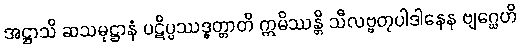
အဋ္ဌာသိ ဆသမုဋ္ဌာနံ ပဋိပ္ပဿဒ္ဓတ္တာတိ ဣမိဿန္တိ သီလဗ္ဗတုပါဒါနေန ဗျဂ္ဃေဟိ